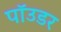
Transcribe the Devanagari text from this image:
पॉउडर